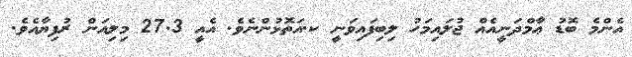
އެންމެ ބޮޑު ޢާމްދަނީއެއް ޖުލައިމަހު ލިބިފައިވަނީ ކ.އަތޮޅުންނެވެ. އެއީ 27.3 މިލިއަން ރުފިޔާއެވެ.